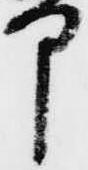
中